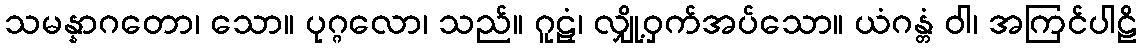
သမန္နာဂတော၊ သော။ ပုဂ္ဂလော၊ သည်။ ဂူဠှံ၊ လျှို့ဝှက်အပ်သော။ ယံဂန္တံ ဝါ၊ အကြင်ပါဠိ